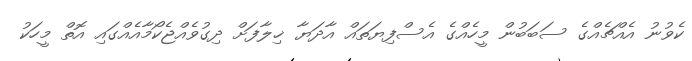
ކެވުނު އެއްޗެއްގެ ސަބަބުން މީހެއްގެ އެސްފިޔަތައް އާދަޔާ ޚިލާފަށް ދިގުވެއްޖެކޯމާއެއްގައި އޮތް މީހަކު